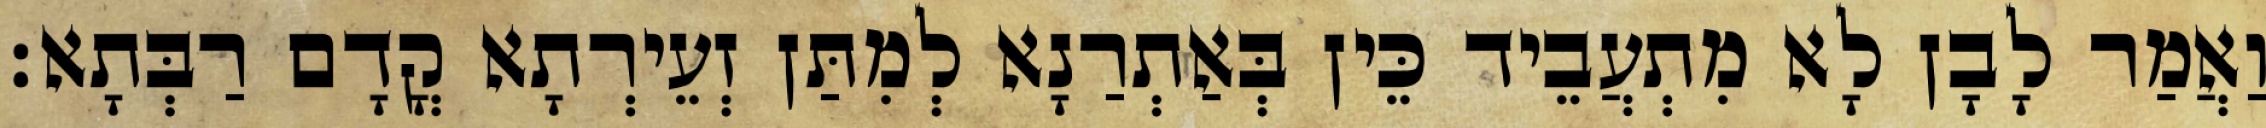
וַאֲמַר לָבָן לָא מִתְעֲבֵיד כֵּין בְּאַתְרַנָא לְמִתַּן זְעֵירְתָא קֳדָם רַבְּתָא׃